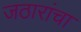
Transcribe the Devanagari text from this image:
जठारांचा